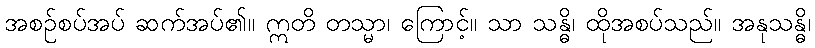
အစဉ်စပ်အပ် ဆက်အပ်၏။ ဣတိ တသ္မာ၊ ကြောင့်။ သာ သန္ဓိ၊ ထိုအစပ်သည်။ အနုသန္ဓိ၊